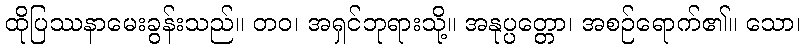
ထိုပြဿနာမေးခွန်းသည်။ တဝ၊ အရှင်ဘုရားသို့။ အနုပ္ပတ္တော၊ အစဉ်ရောက်၏။ သော၊